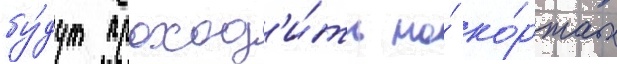
бу́дут проход'и́ть на́ ко́ртах